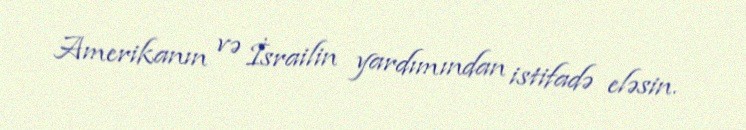
Amerikanın və İsrailin yardımından istifadə eləsin.